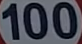
100